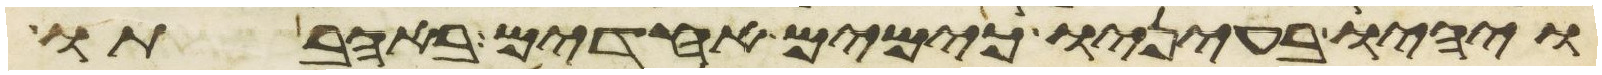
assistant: ויהיו בעיניו כימים אחדים באהבתו